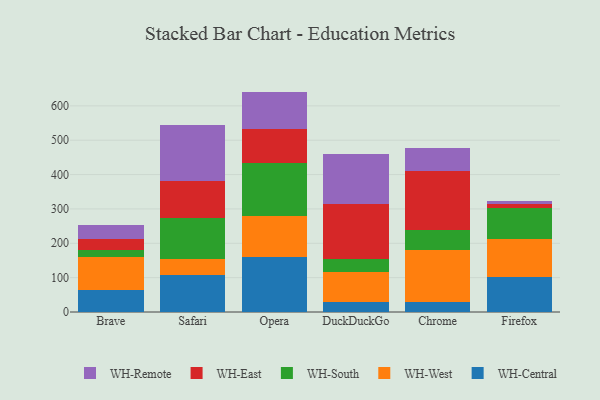
{"axis": {"x": "Browser", "y": "Churn Rate (%)"}, "legend": ["WH-Central", "WH-East", "WH-Remote", "WH-South", "WH-West"], "data": [{"x": "Brave", "y": 65.0, "type": "WH-Central"}, {"x": "Brave", "y": 96.2, "type": "WH-West"}, {"x": "Brave", "y": 20.2, "type": "WH-South"}, {"x": "Brave", "y": 32.0, "type": "WH-East"}, {"x": "Brave", "y": 41.1, "type": "WH-Remote"}, {"x": "Safari", "y": 107.6, "type": "WH-Central"}, {"x": "Safari", "y": 46.0, "type": "WH-West"}, {"x": "Safari", "y": 120.4, "type": "WH-South"}, {"x": "Safari", "y": 108.4, "type": "WH-East"}, {"x": "Safari", "y": 163.2, "type": "WH-Remote"}, {"x": "Opera", "y": 160.0, "type": "WH-Central"}, {"x": "Opera", "y": 120.3, "type": "WH-West"}, {"x": "Opera", "y": 152.9, "type": "WH-South"}, {"x": "Opera", "y": 99.5, "type": "WH-East"}, {"x": "Opera", "y": 108.8, "type": "WH-Remote"}, {"x": "DuckDuckGo", "y": 30.1, "type": "WH-Central"}, {"x": "DuckDuckGo", "y": 86.8, "type": "WH-West"}, {"x": "DuckDuckGo", "y": 38.1, "type": "WH-South"}, {"x": "DuckDuckGo", "y": 158.1, "type": "WH-East"}, {"x": "DuckDuckGo", "y": 147.3, "type": "WH-Remote"}, {"x": "Chrome", "y": 28.3, "type": "WH-Central"}, {"x": "Chrome", "y": 152.3, "type": "WH-West"}, {"x": "Chrome", "y": 58.6, "type": "WH-South"}, {"x": "Chrome", "y": 171.6, "type": "WH-East"}, {"x": "Chrome", "y": 67.0, "type": "WH-Remote"}, {"x": "Firefox", "y": 100.5, "type": "WH-Central"}, {"x": "Firefox", "y": 111.8, "type": "WH-West"}, {"x": "Firefox", "y": 89.1, "type": "WH-South"}, {"x": "Firefox", "y": 11.9, "type": "WH-East"}, {"x": "Firefox", "y": 9.6, "type": "WH-Remote"}]}